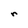
Character: r